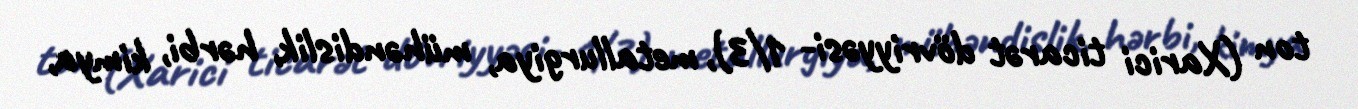
ton (Xarici ticarət dövriyyəsi- 1/3), metallurgiya, mühəndislik, hərbi, kimya,